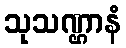
သုသဏ္ဌာနံ